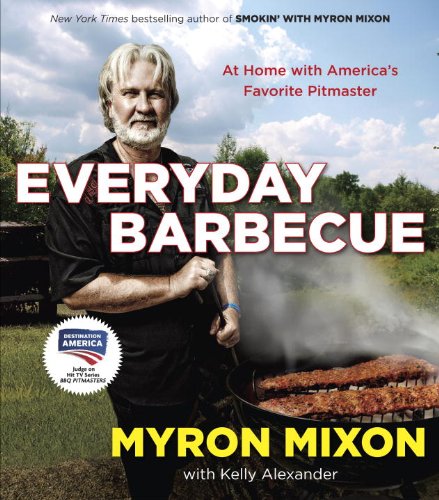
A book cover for Everyday Barbecue: At Home with America's Favorite Pitmaster; Myron Mixon; Cookbooks, Food & Wine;